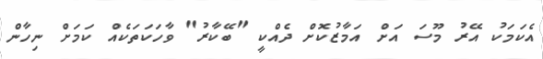
އެކަމަކު އޭރު މޫސަ އަށް އަމާޒުކޮށް ދެއްކީ "ބޭކާރު" ވާހަކަތަކެއް ކަމަށް ނިހާން